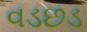
વડછડ